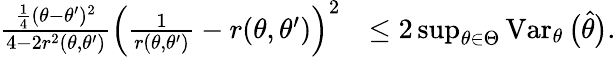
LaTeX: \begin{array}{rl}{\frac{\frac 14(\theta-\theta^{\prime})^{2}}{4-2r^{2}(\theta,\theta^{\prime})}\Big(\frac{1}{r(\theta,\theta^{\prime})}-r(\theta,\theta^{\prime})\Big)^{2}}&{\leq 2\operatorname*{sup}_{\theta\in\Theta}\operatorname{Var}_{\theta}\big(\widehat\theta\big).}\end{array}